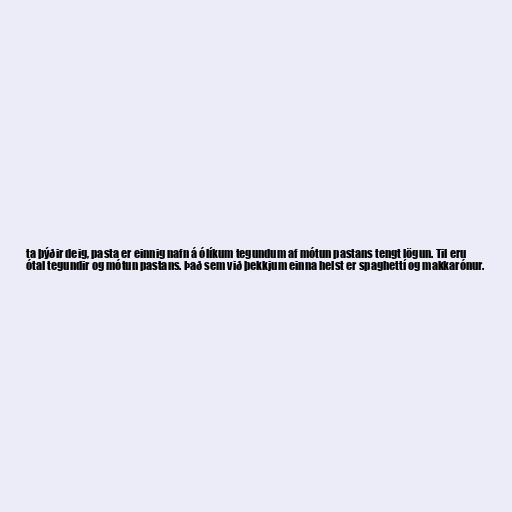
ta þýðir deig, pasta er einnig nafn á ólíkum tegundum af mótun pastans tengt lögun. Til eru
ótal tegundir og mótun pastans. Það sem við þekkjum einna helst er spaghettí og makkarónur.